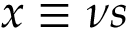
x \equiv \nu s